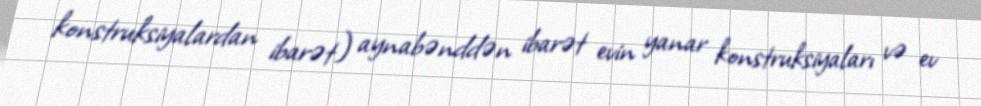
konstruksiyalardan ibarət) aynabənddən ibarət evin yanar konstruksiyaları və ev